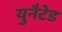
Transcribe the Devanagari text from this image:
युनैटेड